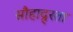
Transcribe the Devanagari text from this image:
सौहाद्र्रता